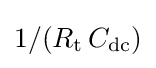
1/(R_{\text{t}}\,C_{\text{dc}})